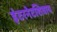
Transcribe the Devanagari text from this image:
इंटरनेटशिवाय